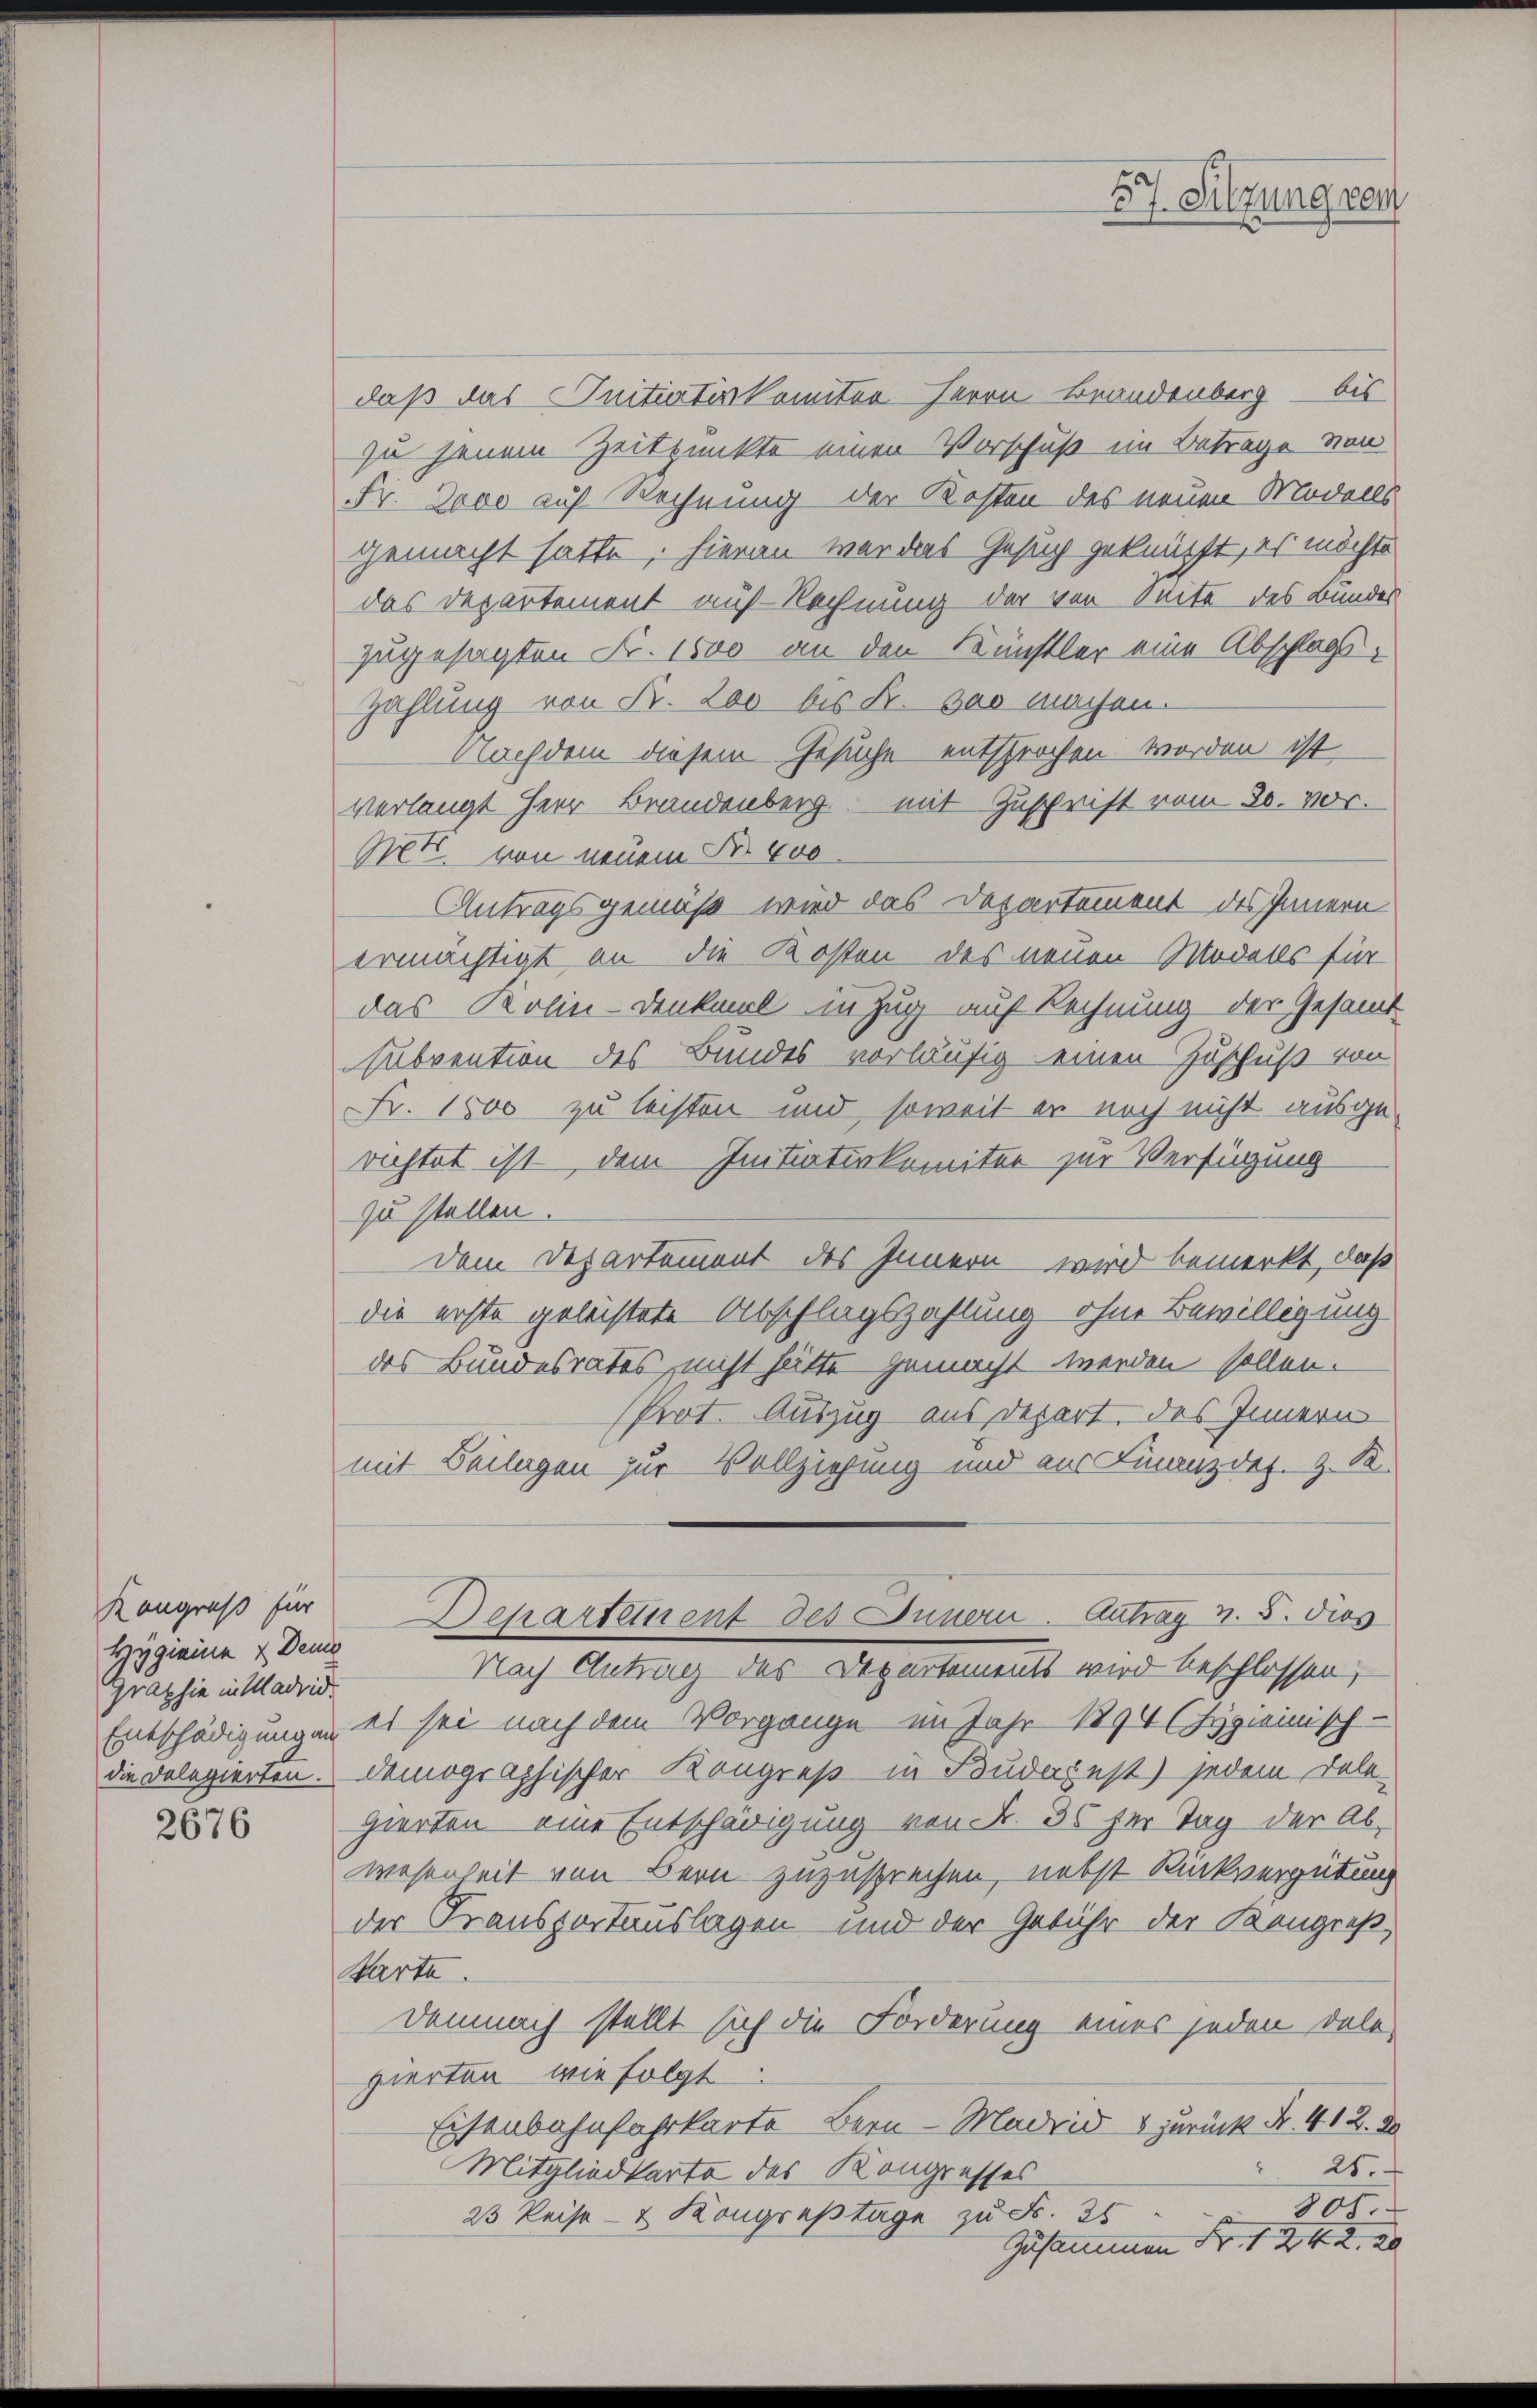
Kongreß für
Hygieine & Demo
Graphie in Madrid

2676

daß das Initiatis komitee Herrn Brandenberg - bis
zu jenem Zeitpunkte einen Vorschuß im Betrage von
Fr. Doco auf Rechnung der Kosten des neuen Modells
gemacht hatte, hieran war das Gesuch geknüpft, es möchte
das Departement auf Rechnung der von Seite des Bundes
zugesagten Nr. 1600 an den Künstler eine Abschlags-
Zahlung von Fr. 200 bis Fr. 300 machen.
Nachdem diesem Gesuche entsprochen worden ist
verlangt Herr Brandenberg mit Zuschrift vom 20. vor.
Net von neuem Nr. 400
Antragsgemäß wird das Departement des Innern
ermächtigt an die Kosten des neuen Modells für
das Kolin-Denkmal in Zug auf Rechnung der Gesammt-
Subvention des Bundes vorläufig einen Zuschuß von
Fr. 1800 zu leisten und soweit er noch nicht ausgerichtet ist, dem Initiativkomiter zur Verfügung
zu stellen.
dem Departement des Innern wird bemerkt, daß
die erste geleistete Abschlagszahlung ohne Bewilligung
des Bundesrates, nicht hätte gemacht werden sollen.
Prot. Auszug aus Depart, des Innern
mit Beilagen zur Vollziehung und aus Finanzdes. z. B.
Departanent des Innern. Antrag v. 5. dies
Nach Antrag des Departements wird beschlossen,
Entschädigungen es sei nach dem Vorgange im Jahr 1894 (Hygienisch-
die Delegierten. Demographischer Kongreß in Budapest) jedem Dele-
gierten eine Entschädigung von Fr. 35 für Tag der Ab-
wesenheit von Bern zuzusprechen, nebst Rückvergütung
der Fransportauslagen und der Gebühr der Kongreß,
Karte.
Demnach stellt sich die Forderung eines jeden Dalb
zierten wie folgt
Eisenbahnfahrkarte Bern - Madrid & zurück Nr. 412. de
25.
Mitgliedkarte des Kongresses
805.
23 Reise- & Kongruptage zu Fr. 25
Zusammen Fr. 1 242. 20

57. Sitzung von